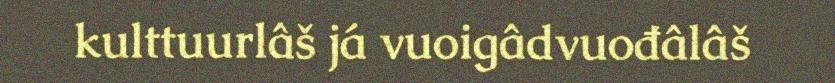
kulttuurlâš já vuoigâdvuođâlâš